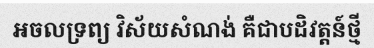
អចលទ្រព្យ វិស័យសំណង់ គឺជាបដិវត្តន៍ថ្មី